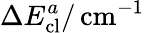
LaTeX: \Delta E_{\mathrm{cl}}^{a}/\, \mathrm{cm}^{-1}